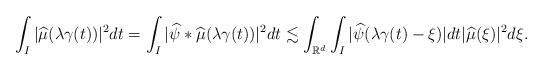
LaTeX: \begin{align*} \int_{I} |\widehat{\mu}(\lambda\gamma(t))|^{2} dt = \int_{I} |\widehat{\psi} \ast \widehat{\mu}(\lambda\gamma(t))|^{2} dt \lesssim \int_{\mathbb R^d} \int_{I} |\widehat{\psi}(\lambda\gamma(t)-\xi)| dt |\widehat{\mu}(\xi)|^{2} d\xi . \end{align*}